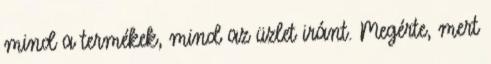
mind a termékek, mind az üzlet iránt. Megérte, mert